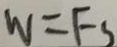
W = F s